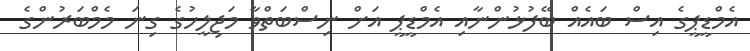
އެމްޑީޕީގެ އިސް ބައެއް ބޭފުޅުންނާއި އެމްޑީޕީ އަށް ނިސްބަތްވާ މަޖިލީހުގެ ގިނަ މެމްބަރުންގެ